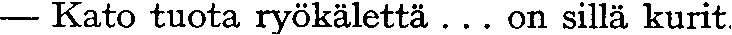
— Kato tuota ryökälettä... on sillä kurit